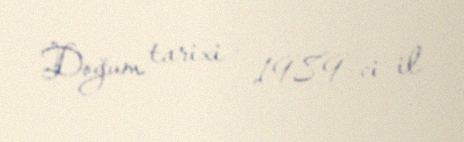
Doğum tarixi - 1989-ci il